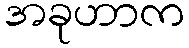
အခုဟာက